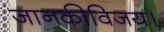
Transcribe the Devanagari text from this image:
जानकीविजय।